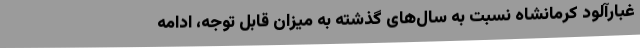
غبارآلود کرمانشاه نسبت به سال‌های گذشته به میزان قابل توجه، ادامه